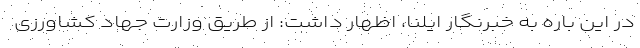
در این باره به خبرنگار ایلنا، اظهار داشت: از طریق وزارت جهاد کشاورزی